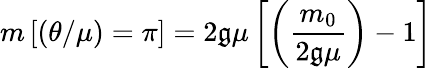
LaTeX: m\left[\left(\theta/\mu\right)=\pi\right]=2\mathfrak{g}\mu\left[\left({\frac{{m_{0}}}{{2\mathfrak{g}\mu}}}\right)-1\right]